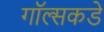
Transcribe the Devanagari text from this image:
गॉल्सकडे